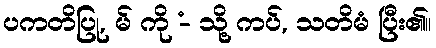
ပကတိပြု, မ် ကို -ံ သို့ ကပ်, သတိမံ ပြီး၏။